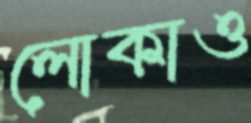
লোকাও